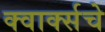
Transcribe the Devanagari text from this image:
क्वार्क्सचे